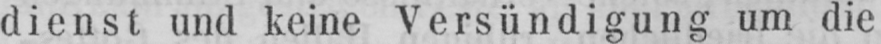
dienst und keine Versündigung um die